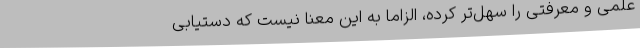
علمی و معرفتی را سهل‌تر کرده، الزاماً به این معنا نیست که دستیابی